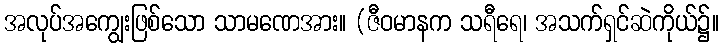
အလုပ်အကျွေးဖြစ်သော သာမဏေအား။ (ဇီဝမာနက သရီရေ၊ အသက်ရှင်ဆဲကိုယ်၌။